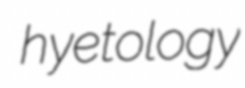
hyetology